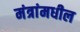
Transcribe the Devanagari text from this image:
मंत्रांमधील